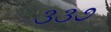
૩૩૭